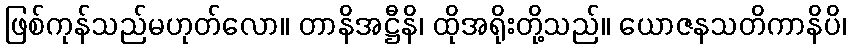
ဖြစ်ကုန်သည်မဟုတ်လော။ တာနိအဋ္ဌီနိ၊ ထိုအရိုးတို့သည်။ ယောဇနသတိကာနိပိ၊